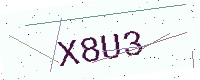
Text: X8U3